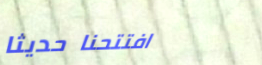
افتتحنا حديثاً